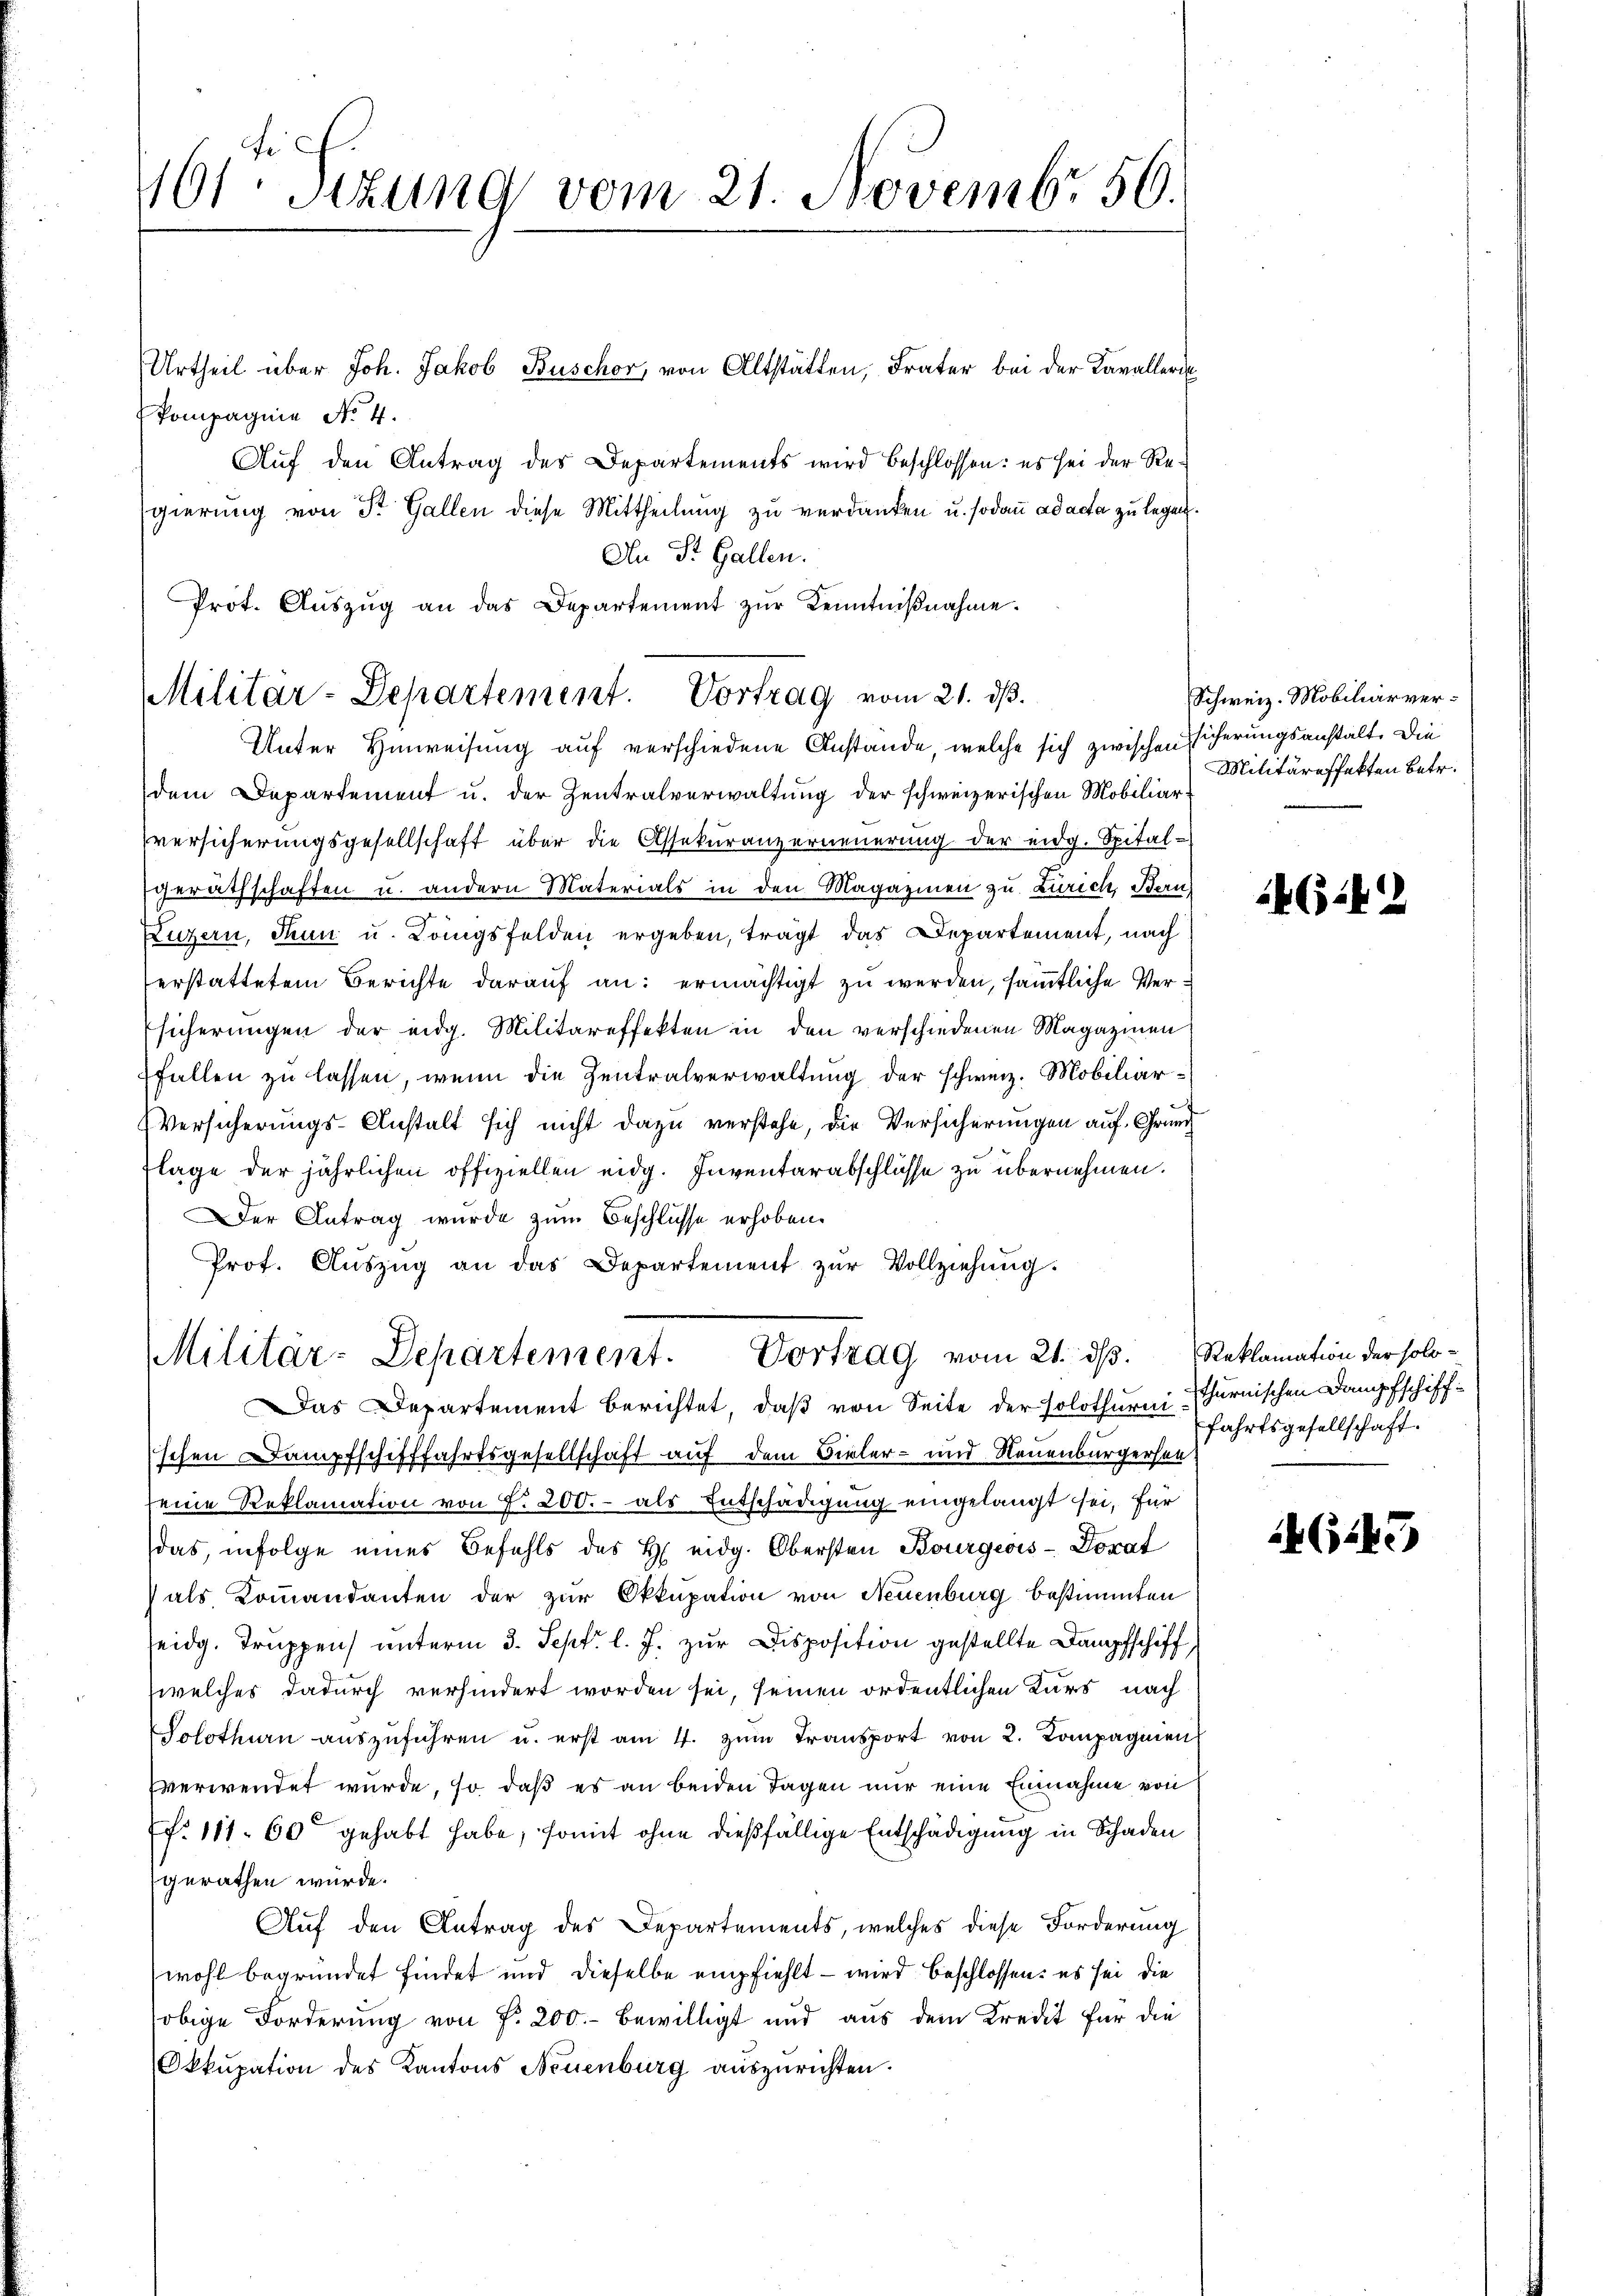
101ten Sizung vom 21. Novembr 50.

Urtheil über Joh. Jakob Buschor, von Altstätten, Frater bei der Kavalleri
Pompagnie No. 4.
Auf den Antrag des Departements wird beschlossen: es sei der Regierung von Sr. Gallen diese Mittheilung zu verdanken u. sodann ad acta zu legen.
An St. Gallen.
Prot. Aŭszŭg an das Departement zŭr Kenntniβnahme.

Militar-Departement. Vortrag vom 21. dß.
Unter Hinweisung auf verschiedene Anstande, welche sich zwischen Eicherungsanstalt. Die

dem Departement u. der Zentralverwaltung der schweizerischen Mobiliarversicherungsgesellschaft über die Assekuranzerneuerung der eidg. Spitalgerathschaften u. andern Materials in den Magazinen zu Zürich, Bern
Luzern, Thun u. Königsfelden ergeben, trägt das Departement, nach
erstattetem Berichte darauf an: ermächtigt zu werden, sämmtliche Ver¬
Esicherungen der eidg. Militäreffekten in den verschiedenen Magazinen
ffallen zu lassen, wenn die Zentralverwaltung der schweiz. Mobiliar¬
Versicherungs-Anstalt sich nicht dazu verstehe, die Versicherungen auf Grund
lage der jährlichen offiziellen eidg. Inventarabschlüsse zu übernehmen.
Der Antrag wurde zum Beschlüsse erhoben.
Prof. Aŭszŭg an das Departement zŭr Vollziehŭng.

Militär-Departement. Vortrag vom 21. ds. Reklamation der solo¬
Das Departement berichtet, daß von Seite der Solothurni Turnischen Dampfschiff¬

schen Dampfschifffahrtsgesellschaft auf dem Bieler- und Neuenburgersen
seine Reklamation von f. 200.- als Entschädigung eingelangt sei, für
das, infolge eines Befehls des H. eidg. Obersten Bourgeois-Dorat
als, Kommandanten der zur Okkupation von Neuenburg bestimmten
seidg. Truppen unterm 3. Sept. l. J. zur Disposition gestellte Dampfschiff
welches dadurch verhindert worden sei, seinen ordentlichen Kurs nach
Solothurn aŭszŭführen u. erst am 4. zŭm Transport von 2. Kompagnien
vverwendet wurde, so daß es an beiden Tagen nur eine Einnahme von
f. 111 60 gehabt habe, somit ohne dießfällige Entschädigung in Schaden
gerathen würde.
Auf den Antrag des Departements, welches diese Forderung
wohl begründet findet und dieselbe empfiehlt – wird beschlossen: es sei die
obige Forderung von f. 200. bewilligt und aus dem Kredit für die
Okkupation des Kantons Neuenburg auszurichten.

Schweiz. Mobiliarver¬
Militäreffekten betr.

1614

fahrtsgesellschaft.

G145